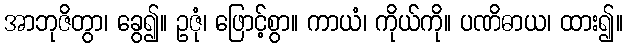
အာဘုဇိတွာ၊ ခွေ၍။ ဥဇုံ၊ ဖြောင့်စွာ။ ကာယံ၊ ကိုယ်ကို။ ပဏိဓာယ၊ ထား၍။